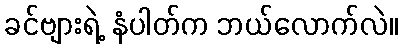
ခင်ဗျားရဲ့ နံပါတ်က ဘယ်လောက်လဲ။